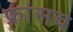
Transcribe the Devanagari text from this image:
फ्रांसच